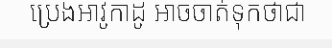
ប្រេងអាវូកាដូ អាចចាត់ទុកថាជា